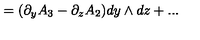
= ( \partial _ { y } A _ { 3 } - \partial _ { z } A _ { 2 } ) d y \wedge d z + . . .